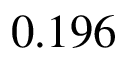
0 . 1 9 6